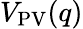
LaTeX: V_{\mathrm{PV}}(q)